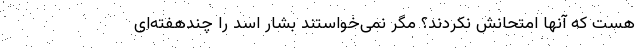
هست که آنها امتحانش نکردند؟ مگر نمی‌خواستند بشار اسد را چندهفته‌ای